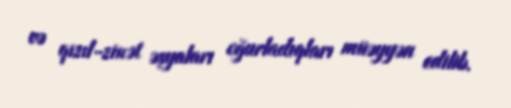
və qızıl-zinət əşyaları oğurladıqları müəyyən edilib.